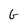
Character: G